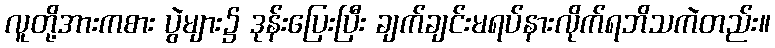
လူတို့အားကစား ပွဲများ၌ ဒုန်းပြေးပြီး ချက်ချင်းမရပ်နားလိုက်ရဘိသကဲတည်း။